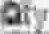
QTY